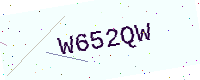
Text: W652QW